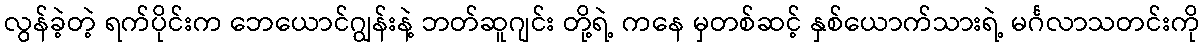
လွန်ခဲ့တဲ့ ရက်ပိုင်းက ဘေယောင်ဂျွန်းနဲ့ ဘတ်ဆူဂျင်း တို့ရဲ့ ကနေ မှတစ်ဆင့် နှစ်ယောက်သားရဲ့ မင်္ဂလာသတင်းကို